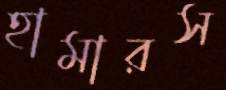
হামারস